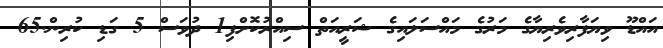
އައްޑޫ ވިޔަފާރިވެރިޔާގެ މަރުގެ މައްސަލައިގެ ޝަރީއަތް ސިއްރުކޮށްފި1 ދުވަސް 5 ގަޑި ކުރިން.65